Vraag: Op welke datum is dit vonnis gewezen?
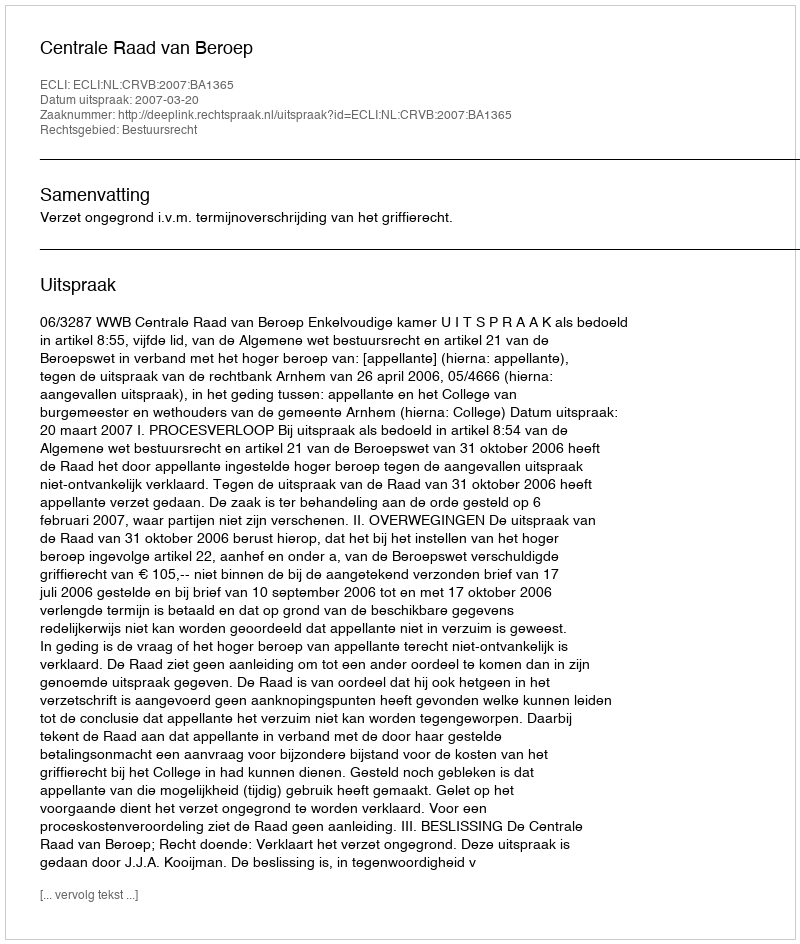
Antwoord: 2007-03-20